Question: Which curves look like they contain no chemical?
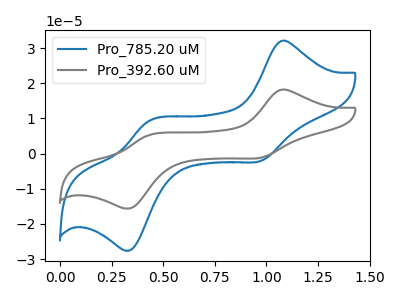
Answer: <think>The blue curve "Pro_785.20 uM" has anodic peaks at (1.05V, 32.00uA) (0.45V, 9.15uA) and cathodic peaks at (0.95V, -2.05uA) (0.35V, -27.40uA). The gray curve "Pro_392.60 uM" has anodic peaks at (1.05V, 18.15uA) (0.45V, 5.15uA) and cathodic peaks at (0.95V, -1.15uA) (0.35V, -15.55uA).</think>
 <answer>There are not any CV's on this graph that are likely to be blanks.</answer>
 <eval>none</eval>